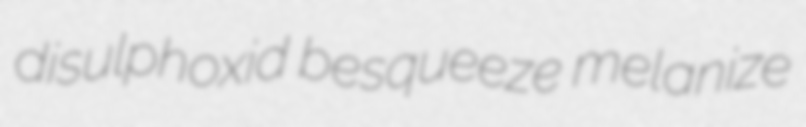
disulphoxid besqueeze melanize